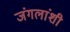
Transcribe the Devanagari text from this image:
जंगलांशी